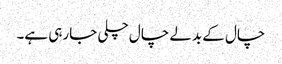
چال کے بدلے چال چلی جارہی ہے۔